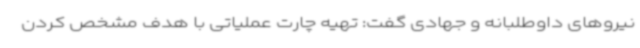
نیروهای داوطلبانه و جهادی گفت: تهیه چارت عملیاتی با هدف مشخص کردن